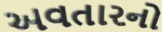
અવતારનો